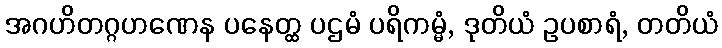
အဂဟိတဂ္ဂဟဏေန ပနေတ္ထ ပဌမံ ပရိကမ္မံ, ဒုတိယံ ဥပစာရံ, တတိယံ